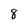
Character: 8